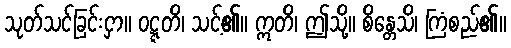
သုတ်သင်ခြင်းငှာ။ ဝဋ္ဋတိ၊ သင့်၏။ ဣတိ၊ ဤသို့။ စိန္တေသိ၊ ကြံစည်၏။